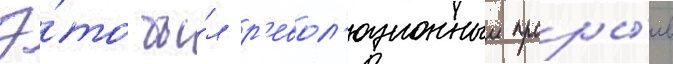
Э́то бы́л р'евол'юционныи проры́в